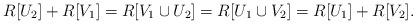
LaTeX: \begin{align*}R [ U_{2} ] + R [ V_{1} ] = R [ V_{1} \cup U_{2} ] = R [ U_{1} \cup V_{2} ] = R [ U_{1} ] + R [ V_{2} ].\end{align*}